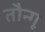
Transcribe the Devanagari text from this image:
तौन्गू